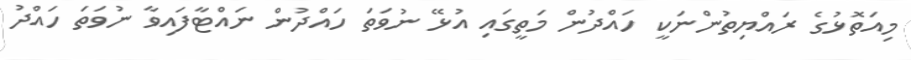
މިއަތޮޅުގެ ރައްޔިތުންނަކީ ހައްދުން މަތީގައި އުޅޭ ނުވަތަ ހައްދުން ނައްޓާފައިވާ ނުވަތަ ހައްދު